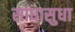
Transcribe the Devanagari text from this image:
साधासुधा